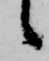
候